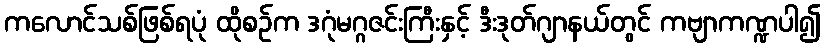
ကလောင်သစ်ဖြစ်ရပုံ ထိုစဉ်က ဒဂုံမဂ္ဂဇင်းကြီးနှင့် ဒီးဒုတ်ဂျာနယ်တွင် ကဗျာကဏ္ဍပါ၍